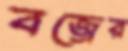
বজ্রের